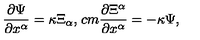
\frac { \partial \Psi } { \partial x ^ { \alpha } } = \kappa \Xi _ { \alpha } , \hspace * { 1 c m } \frac { \partial \Xi ^ { \alpha } } { \partial x ^ { \alpha } } = - \kappa \Psi ,